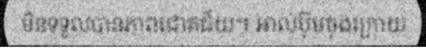
មិនទទួលបានភាពជោគជ័យ។ អាល់ប៊ុមចុងក្រោយ